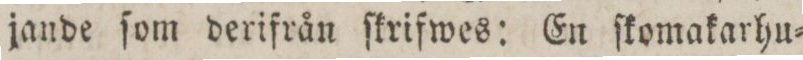
jande ſom derifrån ſkrifwes: En ſkomakarhu=